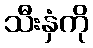
သီးနှံကို